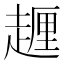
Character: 𧽆